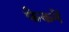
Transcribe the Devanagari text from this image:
फेकनें